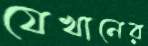
যেখানের